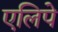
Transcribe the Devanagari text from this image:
एलिपे